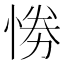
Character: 𢛗